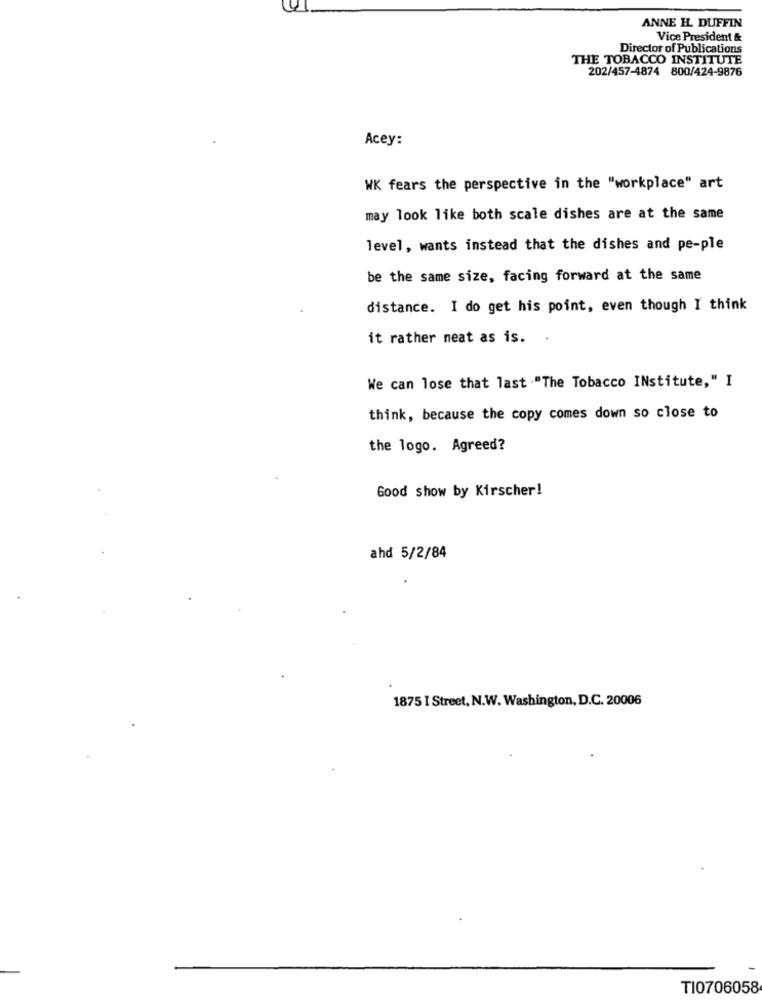
ANNE HL. DUFFIN
Vice President &
Director of Publications
THE TOBACCO INSTITUTE
202/457-4874 800/424-9876
Acey:
WK fears the perspective in the "workplace" art
may look like both scale dishes are at the same
level, wants instead that the dishes and pe-ple
be the same size, facing forward at the same
distance. I do get his point, even though I think
it rather neat as is.
We can lose that last ."The Tobacco INstitute," I
think, because the copy comes down so close to
the logo. Agreed?
Good show by Kirscher!
ahd 5/2/84
1875 I Street, N.W. Washington, D.C. 20006
T10706058